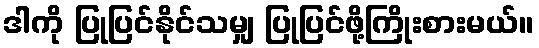
ဒါကို ပြုပြင်နိုင်သမျှ ပြုပြင်ဖို့ကြိုးစားမယ်။